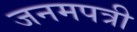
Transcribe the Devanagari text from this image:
जनमपत्री